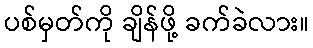
ပစ်မှတ်ကို ချိန်ဖို့ ခက်ခဲလား။